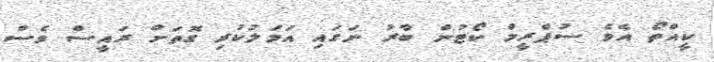
ކީއްތޯ އެވެ ސުޕްރީމް ކޯޓުން ބާރު ނަގައި އަމަލުކުރި ގޮތަށް ރައީސް ވެސް